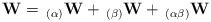
LaTeX: \begin{align*}\mathbf{W}= \, _{(\alpha)}\mathbf{W} + \, _{(\beta)}\mathbf{W} + \,_{(\alpha\beta)}\mathbf{W}\end{align*}